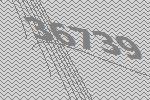
36739